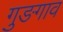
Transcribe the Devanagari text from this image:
गुङगाव